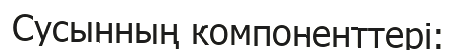
Сусынның компоненттері: